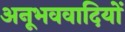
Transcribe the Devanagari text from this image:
अनूभववादियों